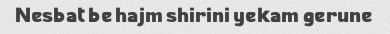
Nesbat be hajm shirini yekam gerune